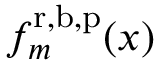
f _ { m } ^ { \mathrm { r } , \mathrm { b } , \mathrm { p } } ( x )